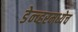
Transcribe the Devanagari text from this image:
डेन्व्हरमध्येच